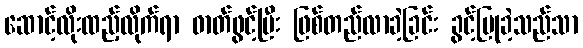
ဆောင့်လိုးထည့်လိုက်ရာ ဓာတ်ဖွင့်ပြီး ဖြစ်တည်လာခဲ့ခြင်း ခွင့်ပြုခဲ့သည်သာ